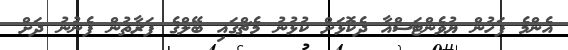
އެންމެ ފަހުން ޔުވެންޓަސްއާ ދެކޮޅަށް ކުޅުނު މެޗްގައި ބޭލްގެ ފަރާތުން ފެނުނު ދަށް